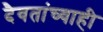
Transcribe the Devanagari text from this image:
दैवतांच्याही